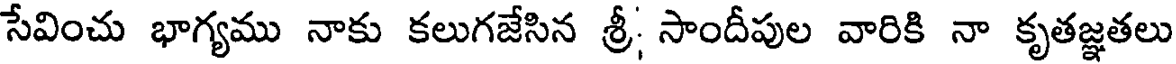
సేవించు భాగ్యము నాకు కలుగజేసిన శ్రీ; సాందీపుల వారికి నా కృతజ్ఞతలు